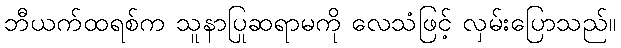
ဘီယက်ထရစ်က သူနာပြုဆရာမကို လေသံဖြင့် လှမ်းပြောသည်။